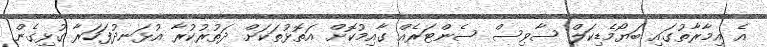
އެ އިމާރާތުގައި ބަޔޯމެޑިކަލް ސާވިސް ސެންޓަރެއް ގާއިމުކޮށް އަތޮޅުތަކަށް ދަތުރުކުރާ އުޅަނދުފަހަރާ ގުޅިގެން